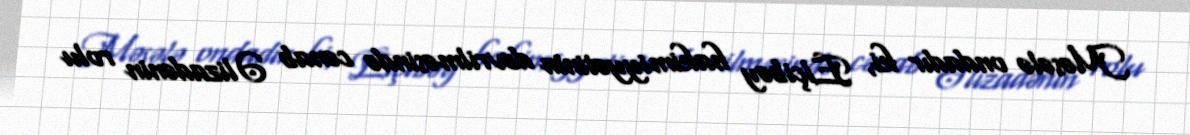
Məsələ ondadır ki, Elçibəy hakimiyyətinin devrilməsində cənab Əlizadənin rolu